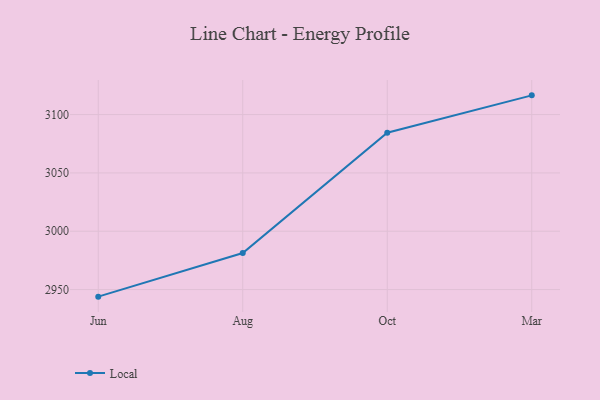
{"axis": {"x": "Month", "y": "Operating Costs (USD K)"}, "legend": ["Local"], "data": [{"x": "Jun", "y": 2943.9, "type": "Local"}, {"x": "Aug", "y": 2981.3, "type": "Local"}, {"x": "Oct", "y": 3084.5, "type": "Local"}, {"x": "Mar", "y": 3116.5, "type": "Local"}]}